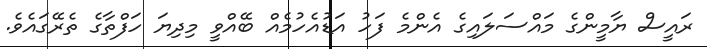
ރައީސް ޔާމީންގެ މައްސަލައިގެ އެންމެ ފަހު އަޑުއެހުމެއް ބޭއްވީ މިދިޔަ ހަފްްތާގެ ތެރޭގައެވެ.